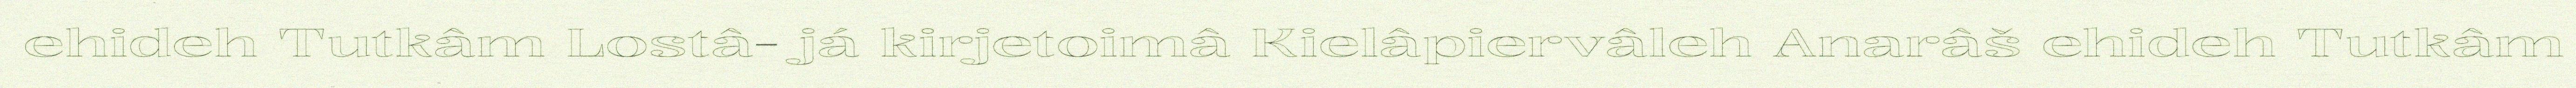
ehideh Tutkâm Lostâ- já kirjetoimâ Kielâpiervâleh Anarâš ehideh Tutkâm